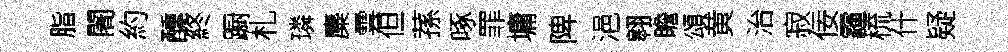
脂闍約醺終蹰札璘麋雲但蓀啄罪墉陴浥翱瞻頌黄治寂佞霾梳什疑